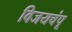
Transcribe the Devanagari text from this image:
विजयचंपू